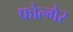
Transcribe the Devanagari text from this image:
फोल्गेर